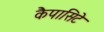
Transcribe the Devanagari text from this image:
कैपासिटे